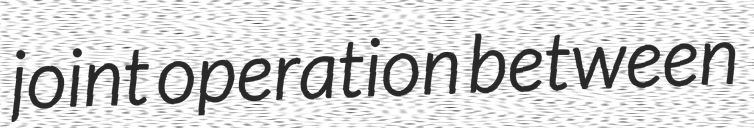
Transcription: joint operation between